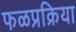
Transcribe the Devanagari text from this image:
फळप्रक्रिया